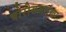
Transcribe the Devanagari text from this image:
बोरीससारखा